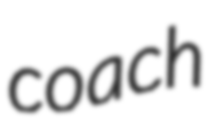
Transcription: coach